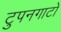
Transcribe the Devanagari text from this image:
टुपनगाटो